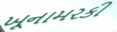
ખૂનામરકી